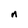
Character: n